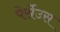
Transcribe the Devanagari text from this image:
पेर्सेउस